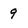
Character: 9